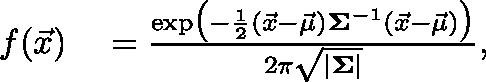
\begin{array} { r l } { f ( \vec { x } ) } & { { } = \frac { \exp \! \big ( - \frac { 1 } { 2 } ( \vec { x } - \vec { \mu } ) ^ { \intercal } \mathbf { \Sigma } ^ { - 1 } ( \vec { x } - \vec { \mu } ) \big ) } { 2 \pi \sqrt { | \mathbf { \Sigma } | } } , } \end{array}